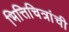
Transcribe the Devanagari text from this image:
भित्तिचित्रांची